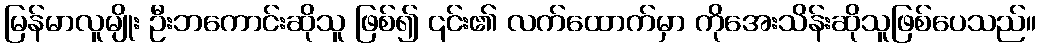
မြန်မာလူမျိုး ဦးဘကောင်းဆိုသူ ဖြစ်၍ ၎င်း၏ လက်ထောက်မှာ ကိုအေးသိန်းဆိုသူဖြစ်ပေသည်။